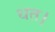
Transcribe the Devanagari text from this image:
धत।